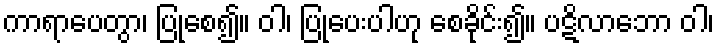
ကာရာပေတွာ၊ ပြုစေ၍။ ဝါ၊ ပြုပေးပါဟု စေခိုင်း၍။ ပဋိလာဘော ဝါ၊